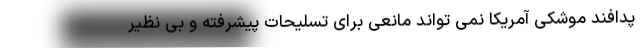
پدافند موشکی آمریکا نمی تواند مانعی برای تسلیحات پیشرفته و بی نظیر